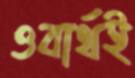
ওবার্থই